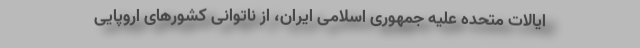
ایالات متحده علیه جمهوری اسلامی ایران، از ناتوانی کشورهای اروپایی